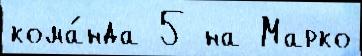
кома́нда 5 на Марко